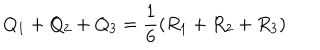
Q _ { 1 } + Q _ { 2 } + Q _ { 3 } = \frac { 1 } { 6 } ( R _ { 1 } + R _ { 2 } + R _ { 3 } )